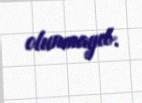
olunmayıb.